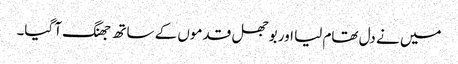
میں نے دل تھام لیا اور بوجھل قدموں کے ساتھ جھنگ آ گیا۔